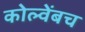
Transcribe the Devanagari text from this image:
कोल्वेंबच